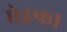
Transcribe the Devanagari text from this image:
ऐइफा